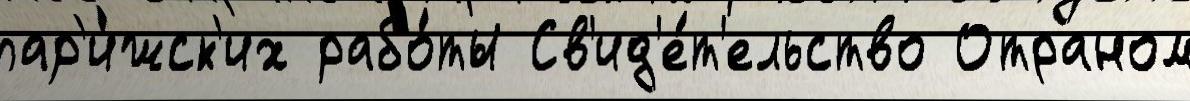
пар'и́жск'их рабо́ты Св'ид'е́т'ельство Отраном